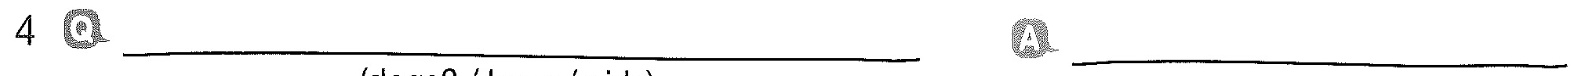
4 Q___ A___